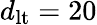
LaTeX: d_{\mathrm{lt}}=20